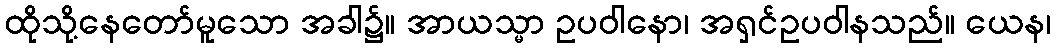
ထိုသို့နေတော်မူသော အခါ၌။ အာယသ္မာ ဥပဝါနော၊ အရှင်ဥပဝါနသည်။ ယေန၊